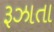
રૂઝાતા